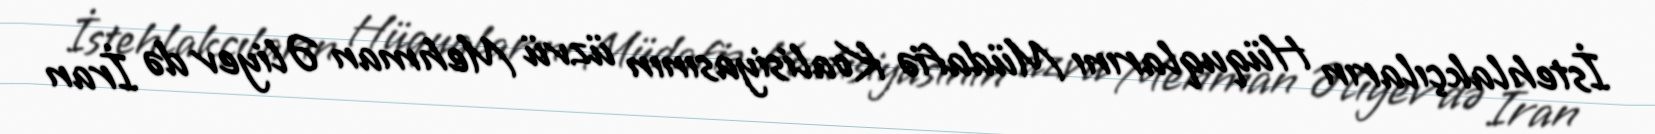
İstehlakçıların Hüquqlarını Müdafiə Koalisiyasının üzvü Mehman Əliyev də İran